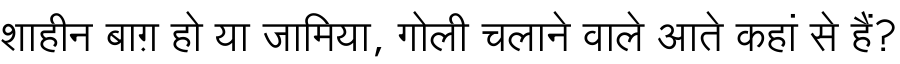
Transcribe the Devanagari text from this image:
शाहीन बाग़ हो या जामिया, गोली चलाने वाले आते कहां से हैं?